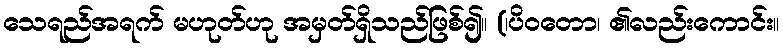
သေရည်အရက် မဟုတ်ဟု အမှတ်ရှိသည်ဖြစ်၍။ (၊ပိဝတော၊ ၏လည်းကောင်း။